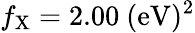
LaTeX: f_{\mathrm{{X}}}=2.00~\mathrm{{(eV)^{2}}}